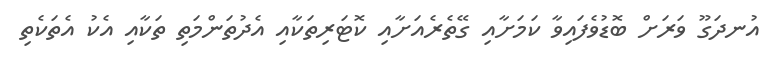
އުނދަގޫ ވަރަށް ބޮޑުވެފައިވާ ކަމަށާއި ގޭތެރެއަށާއި ކޮޓަރިތަކާއި އެދުތަންމަތި ތަކާއި އެކު އެތަކެތި